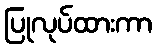
ပြုလုပ်ထားကာ